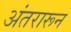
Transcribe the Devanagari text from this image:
अंतरारून